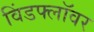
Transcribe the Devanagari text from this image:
विंडफ्लॉवर